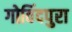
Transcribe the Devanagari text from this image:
गोविंदपुरा